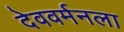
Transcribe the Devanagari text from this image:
देववर्मनला